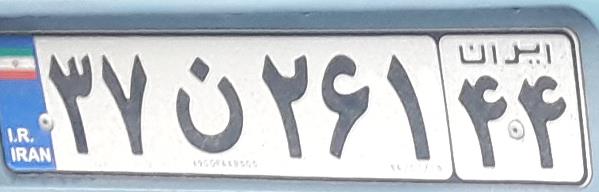
۳۷ن۲۶۱۴۴